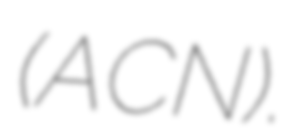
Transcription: (ACN).